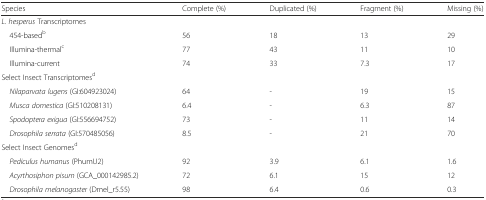
<table><thead><tr><td><b>Species</b></td><td><b>Complete (%)</b></td><td><b>Duplicated (%)</b></td><td><b>Fragment (%)</b></td><td><b>Missing (%)</b></td></tr></thead><tbody><tr><td><i>L. hesperus</i> Transcriptomes</td><td></td><td></td><td></td><td></td></tr><tr><td> 454-based<sup>b</sup></td><td>56</td><td>18</td><td>13</td><td>29</td></tr><tr><td> Illumina-thermal<sup>c</sup></td><td>77</td><td>43</td><td>11</td><td>10</td></tr><tr><td> Illumina<i>-</i>current</td><td>74</td><td>33</td><td>7.3</td><td>17</td></tr><tr><td>Select Insect Transcriptomes<sup>d</sup></td><td></td><td></td><td></td><td></td></tr><tr><td> <i>Nilaparvata lugens</i> (GI:604923024)</td><td>64</td><td>-</td><td>19</td><td>15</td></tr><tr><td> <i>Musca domestica</i> (GI:510208131)</td><td>6.4</td><td>-</td><td>6.3</td><td>87</td></tr><tr><td> <i>Spodoptera exigua</i> (GI:556694752)</td><td>73</td><td>-</td><td>11</td><td>14</td></tr><tr><td> <i>Drosophila serrata</i> (GI:570485056)</td><td>8.5</td><td>-</td><td>21</td><td>70</td></tr><tr><td>Select Insect Genomes<sup>d</sup></td><td></td><td></td><td></td><td></td></tr><tr><td> <i>Pediculus humanus</i> (PhumU2)</td><td>92</td><td>3.9</td><td>6.1</td><td>1.6</td></tr><tr><td> <i>Acyrthosiphon pisum</i> (GCA_000142985.2)</td><td>72</td><td>6.1</td><td>15</td><td>12</td></tr><tr><td> <i>Drosophila melanogaster</i> (Dmel_r5.55)</td><td>98</td><td>6.4</td><td>0.6</td><td>0.3</td></tr></tbody></table>